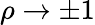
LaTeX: \rho\to\pm 1